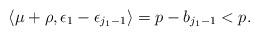
LaTeX: \begin{align*}\langle \mu + \rho, \epsilon_1-\epsilon_{j_1-1} \rangle = p - b_{j_1-1} < p. \end{align*}